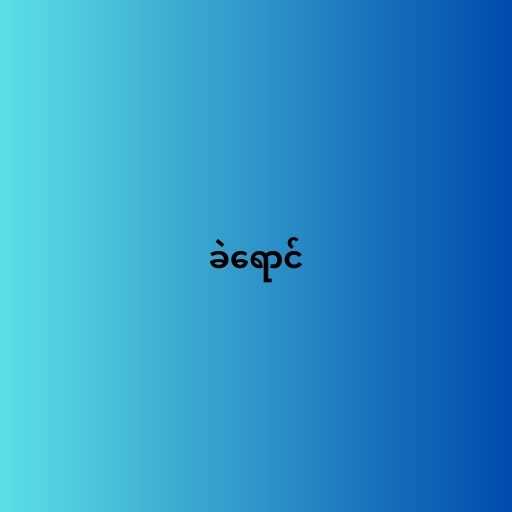
ခဲရောင်